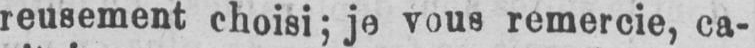
reusement choisi; je vous remercie, ca-